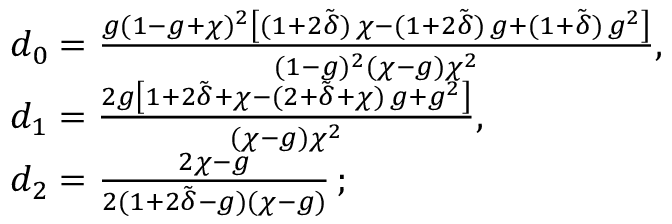
\begin{array} { r l } & { d _ { 0 } = \frac { g ( 1 - g + \chi ) ^ { 2 } \left[ ( 1 + 2 \tilde { \delta } ) \, \chi - ( 1 + 2 \tilde { \delta } ) \, g + ( 1 + \tilde { \delta } ) \, g ^ { 2 } \right] } { ( 1 - g ) ^ { 2 } ( \chi - g ) \chi ^ { 2 } } , } \\ & { d _ { 1 } = \frac { 2 g \left[ 1 + 2 \tilde { \delta } + \chi - ( 2 + \tilde { \delta } + \chi ) \, g + g ^ { 2 } \right] } { ( \chi - g ) \chi ^ { 2 } } , } \\ & { d _ { 2 } = \frac { 2 \chi - g } { 2 ( 1 + 2 \tilde { \delta } - g ) ( \chi - g ) } \, ; } \end{array}